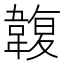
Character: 䪖